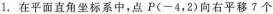
1.在平面直角坐标系中，点P（-4，2）向右平移7个